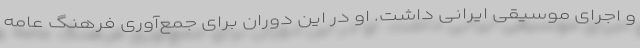
و اجرای موسیقی ایرانی داشت. او در این دوران برای جمع‌آوری فرهنگ عامه